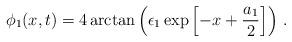
LaTeX: \begin{align*}\phi_{1}(x,t)=4\arctan\left(\epsilon_{1}\exp\left[ -x+\frac{a_{1}}{2}\right]\right)\,.\end{align*}